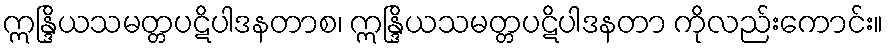
ဣန္ဒြိယသမတ္တပဋိပါဒနတာစ၊ ဣန္ဒြိယသမတ္တပဋိပါဒနတာ ကိုလည်းကောင်း။